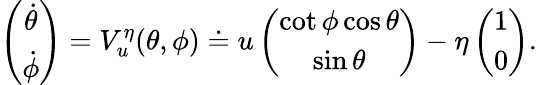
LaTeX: \left(\begin{array}{c}{\dot{\theta}}\\ {\dot{\phi}}\end{array}\right)=V_{u}^{\eta}(\theta,\phi)\doteq u\left(\begin{array}{c}{\cot\phi\cos\theta}\\ {\sin\theta}\end{array}\right)-\eta\left(\begin{array}{c}{1}\\ {0}\end{array}\right).